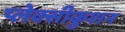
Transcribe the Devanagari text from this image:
प्लेक्सीकुशन